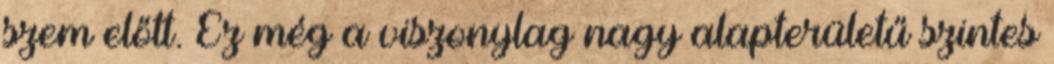
szem előtt. Ez még a viszonylag nagy alapterületű szintes